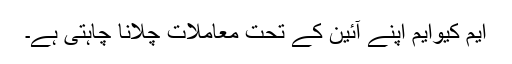
ایم کیوایم اپنے آئین کے تحت معاملات چلانا چاہتی ہے۔